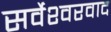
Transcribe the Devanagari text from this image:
सर्वेश्‍वरवाद